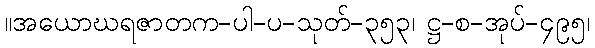
။အယောဃရဇာတက-ပါ-ပ-သုတ်-၃၅၃၊ ဋ္ဌ-စ-အုပ်-၄၉၅၊